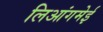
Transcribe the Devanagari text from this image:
लिआंगमेई